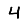
Digit: 4